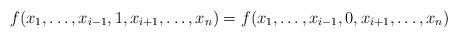
LaTeX: \begin{align*}f(x_1, \ldots, x_{i-1}, 1, x_{i+1}, \ldots, x_n) = f(x_1, \ldots, x_{i-1}, 0, x_{i+1}, \ldots, x_n)\end{align*}